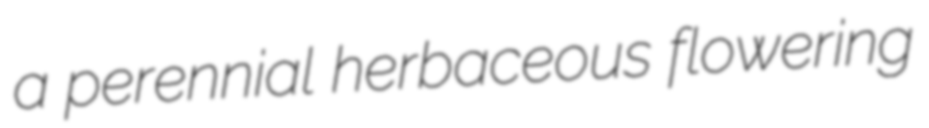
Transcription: a perennial herbaceous flowering